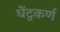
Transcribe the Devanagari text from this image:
घेंटुकर्ण